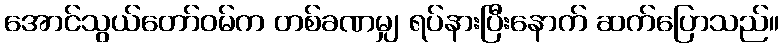
အောင်သွယ်တော်ဝမ်က တစ်ခဏမျှ ရပ်နားပြီးနောက် ဆက်ပြောသည်။